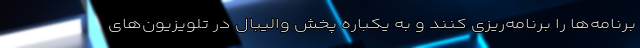
برنامه‌ها را برنامه‌ریزی کنند و به یکباره پخش والیبال در تلویزیون‌های